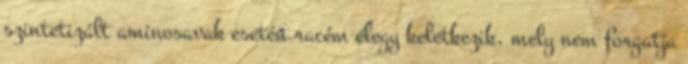
szintetizált aminosavak esetén racém elegy keletkezik, mely nem forgatja